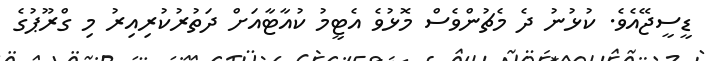
ޑީސީޖޭއެވެ. ކުޅުނު ދެ މެޗުންވެސް މޮޅުވެ އެޓީމު ކުއާޓާއަށް ދަތުރުކުރިއިރު މި ގްރޫޕުގެ